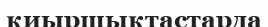
қиыршықтастарда